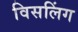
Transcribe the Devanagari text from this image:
विसलिंग